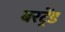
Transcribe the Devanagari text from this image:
बरट्रेंड